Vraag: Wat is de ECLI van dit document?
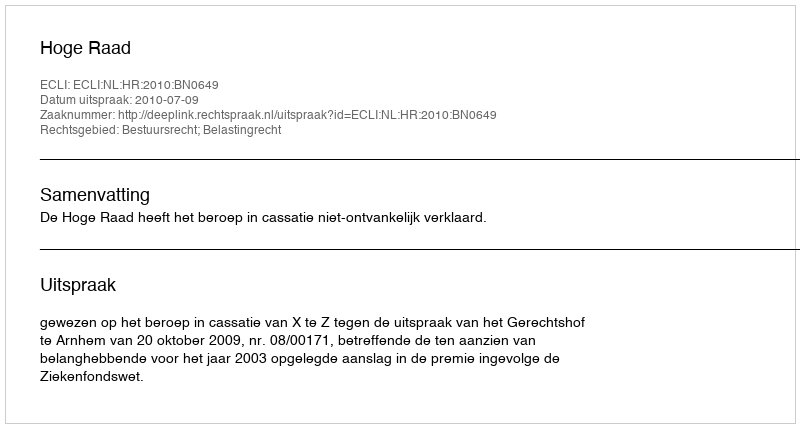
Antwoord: ECLI:NL:HR:2010:BN0649